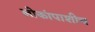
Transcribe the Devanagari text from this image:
लोकांपाशीच